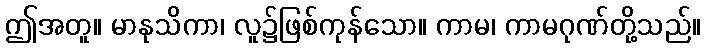
ဤအတူ။ မာနုသိကာ၊ လူ၌ဖြစ်ကုန်သော။ ကာမ၊ ကာမဂုဏ်တို့သည်။